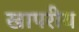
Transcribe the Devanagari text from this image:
खापरीय